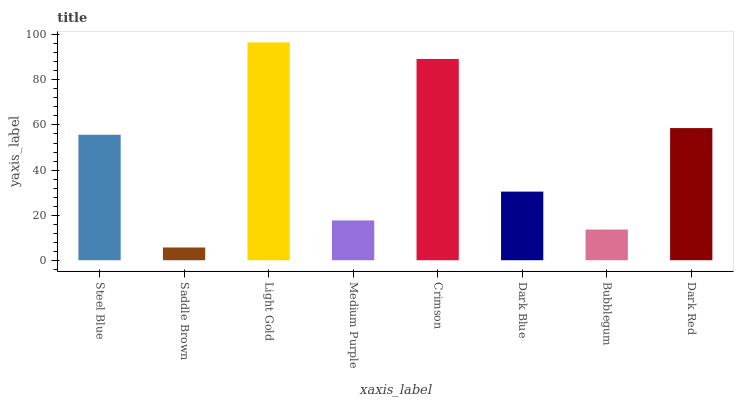
| xaxis_label | bars |
 | --- | --- |
 | Steel Blue | 55.7 |
 | Saddle Brown | 5.65 |
 | Light Gold | 96.6 |
 | Medium Purple | 17.7 |
 | Crimson | 89.3 |
 | Dark Blue | 30.4 |
 | Bubblegum | 13.6 |
 | Dark Red | 58.6 |